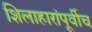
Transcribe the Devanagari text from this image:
शिलाहारांपूर्वीच